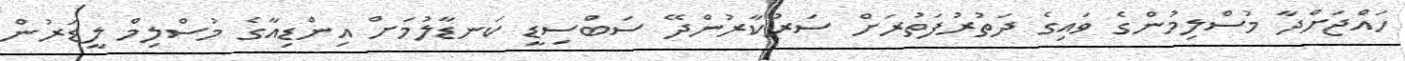
ހައްޖަށްދާ މުސްލިމުންގެ ވައިގެ ދަތުރުފަތުރަށް ސަރުކާރުންދޭ ސަބްސިޑީ ކަނޑާލުމަށް އިންޑިއާގެ މުސްލިމް ލީޑަރުން